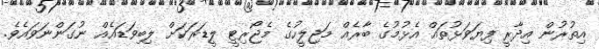
އިތުރުން އިދާރީ ފިޔަވަޅުތައް އެޅުމުގެ ބާރެއް މަޖިލީހުގެ މެޖޯރިޓީ ލީޑަރަކަށް ލިބިވަޑައެއް ނުގަންނަވައެވެ.